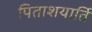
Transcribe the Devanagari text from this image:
पिताशयार्ति